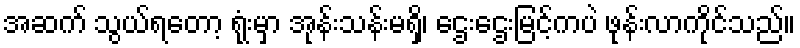
အဆက် သွယ်ရတော့ ရုံးမှာ အုန်းသန်းမရှိ၊ ဌေးဌေးမြင့်ကပဲ ဖုန်းလာကိုင်သည်။